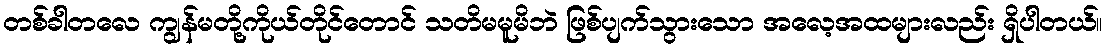
တစ်ခါတလေ ကျွန်မတို့ကိုယ်တိုင်တောင် သတိမမူမိဘဲ ဖြစ်ပျက်သွားသော အလေ့အထများလည်း ရှိပါတယ်။